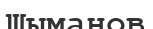
Шыманов